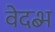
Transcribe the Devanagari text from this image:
वेदब्भ